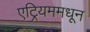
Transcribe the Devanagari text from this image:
एट्रियममधून